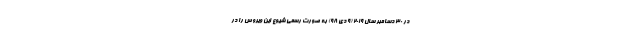
در ۳۰ دسامبر سال ۲۰۱۹ (۹ دی ۹۸) به صورت رسمی شیوع این ویروس را در